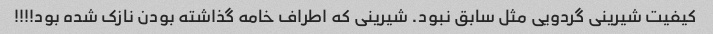
کیفیت شیرینی گردویی مثل سابق نبود. شیرینی که اطراف خامه گذاشته بودن نازک شده بود!!!!